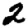
Digit: 2